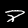
Label: 8